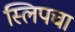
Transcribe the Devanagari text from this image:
स्लिपचा